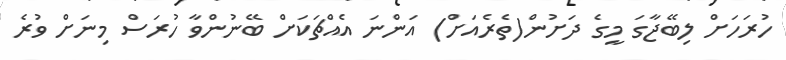
ހުރަހަށް ލިބޭޖާގަ މީގެ ދަށުން(ތެރެއަށް) އަންނަ އެއްޗަކަށް ބޭނުންވާ ހުރަސް މިނަށް ވުރެ